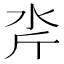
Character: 𪵮